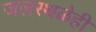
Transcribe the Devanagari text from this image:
जलस्थळेही